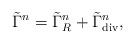
LaTeX: \begin{align*}\tilde{\Gamma}^n = \tilde{\Gamma}_R^n + \tilde{\Gamma}_{\rm div}^n,\end{align*}